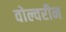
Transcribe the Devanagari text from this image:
वोल्वरीन